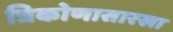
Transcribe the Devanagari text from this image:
त्रिकोणासारखा